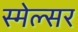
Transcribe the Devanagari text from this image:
स्मेल्सर